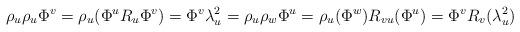
LaTeX: \begin{align*}\rho_u\rho_u\Phi^v=\rho_u(\Phi^u R_u\Phi^v)=\Phi^v\lambda_u^2=\rho_u\rho_w\Phi^u=\rho_u(\Phi^w)R_{vu}(\Phi^u)=\Phi^vR_v(\lambda_u^2)\end{align*}